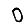
Digit: 0